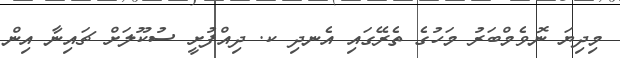
މިދިޔަ ނޮވެމްބަރު މަހުގެ ތެރޭގައި އެނދި ކ. ދިއްފުށީ ސުކޫލަށް ޗައިނާ އިން